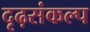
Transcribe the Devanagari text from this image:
दृढ़संकल्प